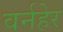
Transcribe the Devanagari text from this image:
वर्नहेर